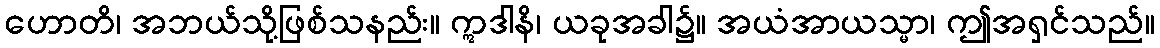
ဟောတိ၊ အဘယ်သို့ဖြစ်သနည်း။ ဣဒါနိ၊ ယခုအခါ၌။ အယံအာယသ္မာ၊ ဤအရှင်သည်။